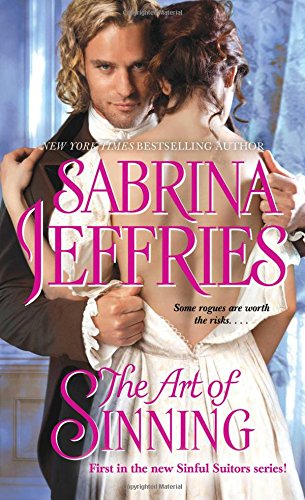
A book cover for The Art of Sinning (The Sinful Suitors); Sabrina Jeffries; Romance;